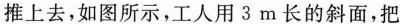
推上去，如图所示，工人用3m长的斜面，把